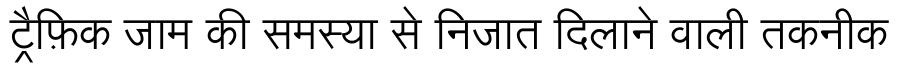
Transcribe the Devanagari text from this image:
ट्रैफ़िक जाम की समस्या से निजात दिलाने वाली तकनीक